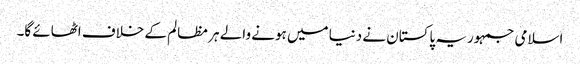
اسلامی جمہوریہ پاکستان نے دنیا میں ہونے والے ہر مظالم کے خلاف اٹھائے گا۔